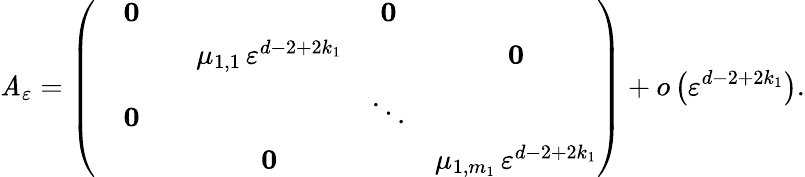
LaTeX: \mathit{A}_{\varepsilon}=\left(\begin{array}{cccccc}&{\mathbf 0}&&&{\mathbf 0}&\\ &&&{\mu_{1,1}\, \varepsilon^{d-2+2k_{1}}}&&{\mathbf 0}\\ &{\mathbf 0}&&&{\ddots}&\\ &&&{\mathbf 0}&&{\mu_{1,m_{1}}\, \varepsilon^{d-2+2k_{1}}}\end{array}\right)+o\left(\varepsilon^{d-2+2k_{1}}\right).